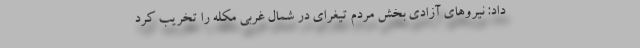
داد: نیروهای آزادی بخش مردم تیغرای در شمال غربی مکله را تخریب کرد